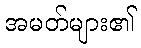
အမတ်များ၏